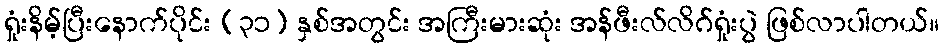
ရှုံးနိမ့်ပြီးနောက်ပိုင်း (၃၁) နှစ်အတွင်း အကြီးမားဆုံး အန်ဖီးလ်လိဂ်ရှုံးပွဲ ဖြစ်လာပါတယ်။